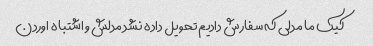
کیک ما مدلی که سفارش دادیم تحویل داده نشد مدلش و اشتباه اوردن